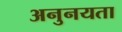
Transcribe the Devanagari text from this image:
अनुनयता